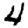
Digit: 4